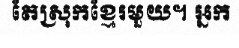
តែស្រុកខ្មែរមួយ។ អ្នក